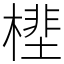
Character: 㯇